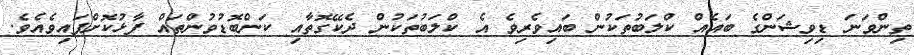
ތިންވަނަ ޑިވިޝަންގެ ބައެއް ކްލަބުތަކުން ބައިވެރިވެ އެ ކްލަބުތަކުން ދެކޭގޮތާއި ކަންބޮޑުވުންތައް ފާޅުކޮށްފައިވެއެވެ.